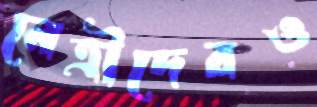
নেত্রীদেরও